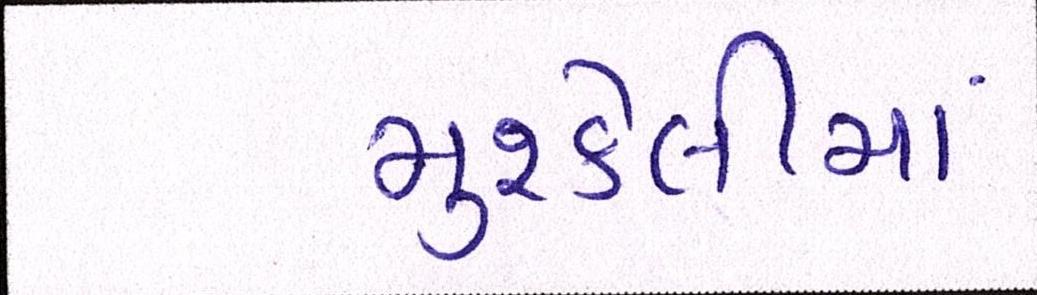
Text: મુશ્કેલીમાં